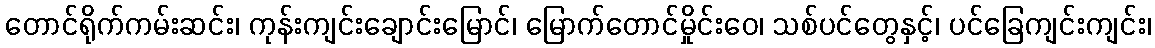
တောင်ရိုက်ကမ်းဆင်း၊ ကုန်းကျင်းချောင်းမြောင်၊ မြောက်တောင်မှိုင်းဝေ၊ သစ်ပင်တွေနှင့်၊ ပင်ခြေကျင်းကျင်း၊